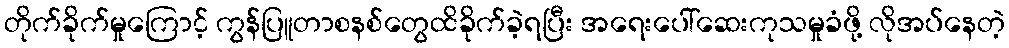
တိုက်ခိုက်မှုကြောင့် ကွန်ပြူတာစနစ်တွေထိခိုက်ခဲ့ရပြီး အရေးပေါ်ဆေးကုသမှုခံဖို့ လိုအပ်နေတဲ့